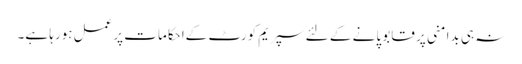
نہ ہی بدامنی پر قابو پانے کے لئے سپریم کورٹ کےاحکامات پرعمل ہورہا ہے۔